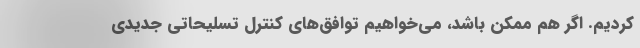
کردیم. اگر هم ممکن باشد، می‌خواهیم توافق‌های کنترل تسلیحاتی جدیدی